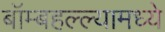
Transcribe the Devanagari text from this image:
बॉम्बहल्ल्यामध्ये